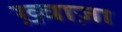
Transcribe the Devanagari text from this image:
ख़्वाज़ा